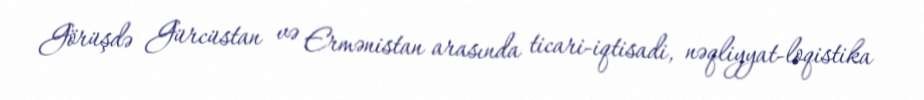
Görüşdə Gürcüstan və Ermənistan arasında ticari-iqtisadi, nəqliyyat-loqistika